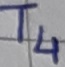
Text: T4